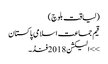
(لیاقت بلوچ)
قیم جماعت اسلامی پاکستان
>> الیکشن 2018فنڈ۔